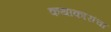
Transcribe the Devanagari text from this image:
कथाकारांचा